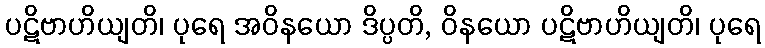
ပဋိဗာဟိယျတိ၊ ပုရေ အဝိနယော ဒိပ္ပတိ, ဝိနယော ပဋိဗာဟိယျတိ၊ ပုရေ